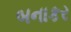
બનાકર